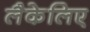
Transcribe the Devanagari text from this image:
लैकेलिए